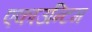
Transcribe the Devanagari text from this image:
एकाउन्टिग